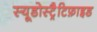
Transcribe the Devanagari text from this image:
स्यूडोस्ट्रैटिफ़ाइड